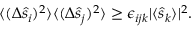
\begin{array} { r } { \langle ( \Delta \hat { s } _ { i } ) ^ { 2 } \rangle \langle ( \Delta \hat { s } _ { j } ) ^ { 2 } \rangle \geq \epsilon _ { i j k } | \langle \hat { s } _ { k } \rangle | ^ { 2 } . } \end{array}